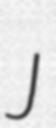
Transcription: J